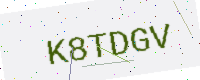
Text: K8TDGV